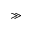
\gg